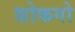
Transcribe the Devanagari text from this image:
शोकगो